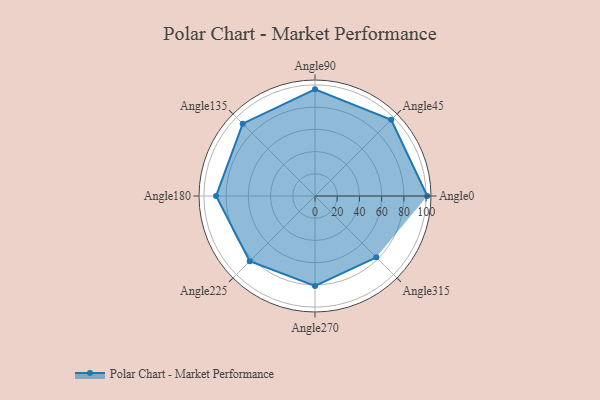
{"axis": {"x": "Angle", "y": "Radius"}, "legend": [""], "data": [{"x": "Angle0", "y": 101.0, "type": ""}, {"x": "Angle45", "y": 97.0, "type": ""}, {"x": "Angle90", "y": 96.0, "type": ""}, {"x": "Angle135", "y": 92.0, "type": ""}, {"x": "Angle180", "y": 89.0, "type": ""}, {"x": "Angle225", "y": 83.0, "type": ""}, {"x": "Angle270", "y": 81.0, "type": ""}, {"x": "Angle315", "y": 78.0, "type": ""}]}